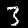
Label: 3